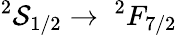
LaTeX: ^{2}\mathcal{S}_{1/2}\to\; ^{2}F_{7/2}